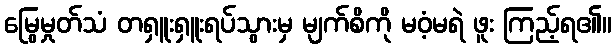
မြွေမှုတ်သံ တရှူးရှူးရပ်သွားမှ မျက်စိကို မဝံ့မရဲ ဖူး ကြည့်ရ၏။